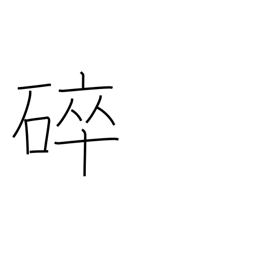
Meaning: broken